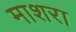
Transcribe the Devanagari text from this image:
माशरा